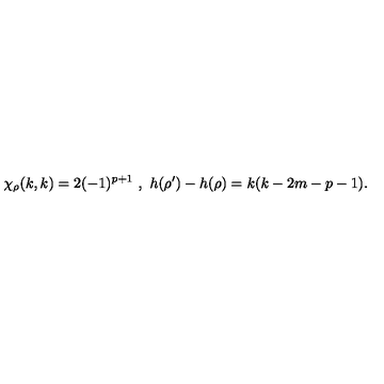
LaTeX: \chi _ { \rho } ( k , k ) = 2 ( - 1 ) ^ { p + 1 } \ , \ h ( \rho ^ { \prime } ) - h ( \rho ) = k ( k - 2 m - p - 1 ) .